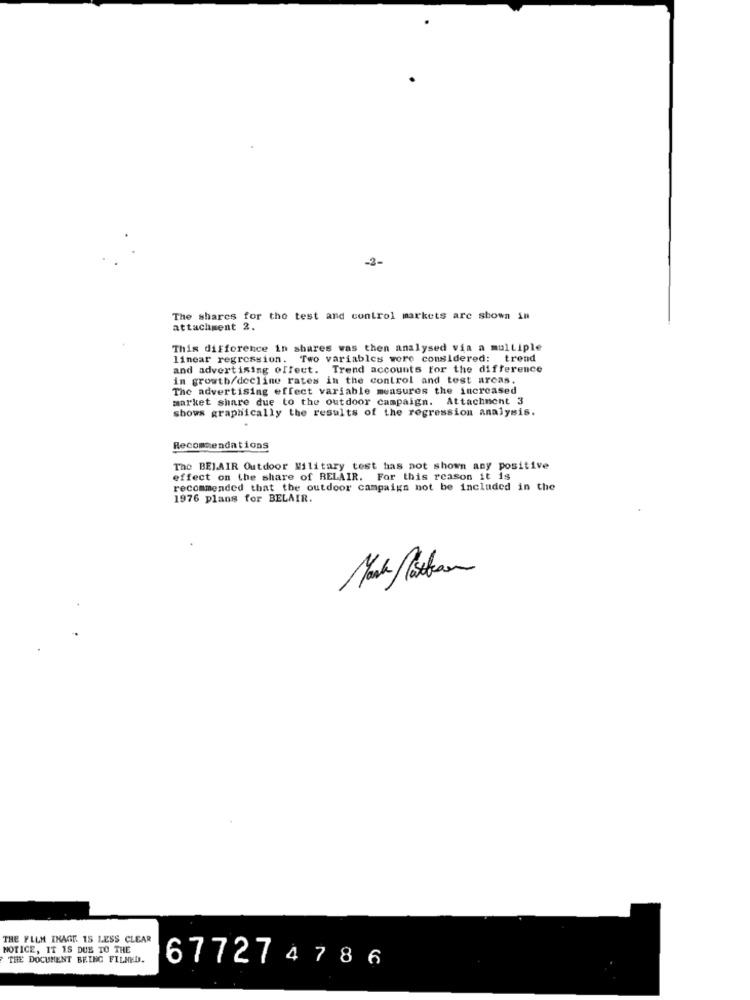
.
-3-
The shares for the test and control markets are shown in
attachment 2.
This difference in shares was then analysed via a multiple
linear regression. Two variables wore considered: trend
and advertising effect. Trend accounts for the difference
in growth/decline rates in the control and test arcas.
The advertising effect variable measures the increased
market share due to the outdoor campaign. Attachment 3
shows graphically the results of the regression analysis.
Recommendations
The BELAIR Outdoor Military test has not shown any positive
effect on the share of BELAIR. For this reason it is
recommended that the outdoor campaign not be included in the
1976 plans for BELAIR.
THE FILM IMAGE IS LESS CLEAR
NOTICE, IT IS DUE TO THE
THE DOCUMENT BEING FILMED.
677274786